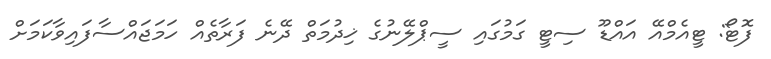
ފޮޓޯ: ޓީއެމްއޭ އައްޑޫ ސިޓީ ގަމުގައި ސީޕްލޭނުގެ ޚިދުމަތް ދޭނެ ފަރާތެއް ހަމަޖައްސާފައިވާކަމަށް